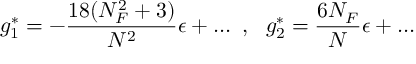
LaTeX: g _ { 1 } ^ { * } = - \frac { 1 8 ( N _ { F } ^ { 2 } + 3 ) } { N ^ { 2 } } \epsilon + \ldots { } ~ , ~ ~ g _ { 2 } ^ { * } = \frac { 6 N _ { F } } { N } \epsilon + \ldots